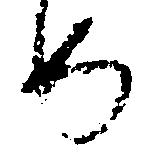
め